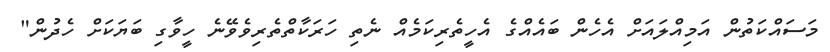
މަސައްކަތުން އަމިއްލައަށް އެހެން ބައެއްގެ އެހީތެރިކަމެއް ނެތި ހަރަކާތްތެރިވެވޭނެ ހީވާގި ބަޔަކަށް ހެދުން"